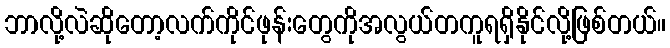
ဘာလို့လဲဆိုတော့လက်ကိုင်ဖုန်းတွေကိုအလွယ်တကူရရှိနိုင်လို့ဖြစ်တယ်။